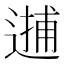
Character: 𨕝